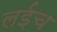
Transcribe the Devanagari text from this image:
लईच